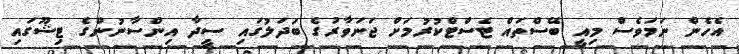
އެހެން ނަމަވެސް މިއީ ބޭސްތައް ޓެސްޓްކުރުމަށް ޖަނަވާރުގެ ބަދަލުގައި ސީދާ އިންސާނުންގެ ޓިޝޫގައި